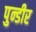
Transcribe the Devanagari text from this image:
पुन्डीर